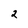
Character: 2